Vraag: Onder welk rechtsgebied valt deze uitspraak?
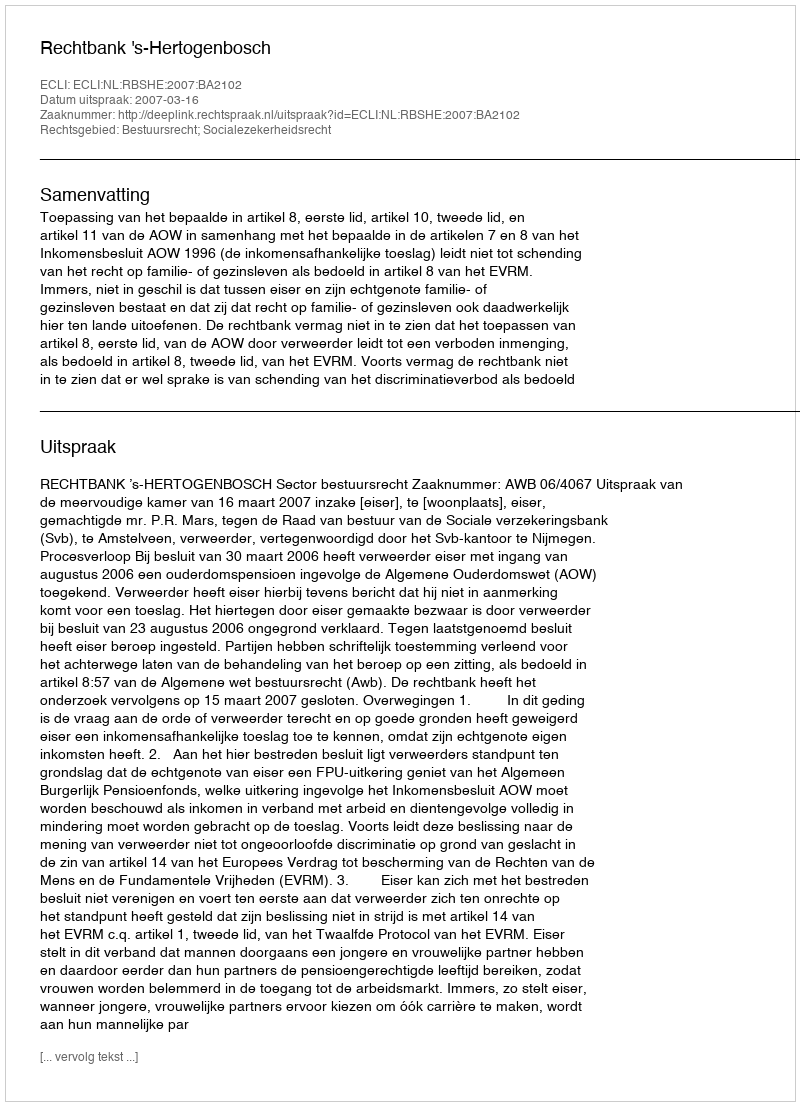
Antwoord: Bestuursrecht; Socialezekerheidsrecht